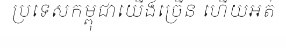
ប្រទេសកម្ពុជាយើងច្រើន ហើយអត់